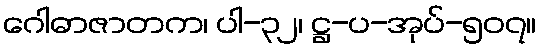
ဂေါဓာဇာတက၊ ပါ-၃၂၊ ဋ္ဌ-ပ-အုပ်-၅၀၇။